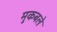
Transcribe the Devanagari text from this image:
मुकबले